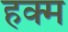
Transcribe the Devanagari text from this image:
हक्म